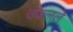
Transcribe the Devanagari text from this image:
उकलले